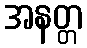
အနတ္တ